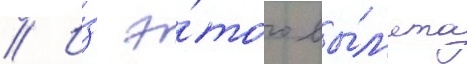
// И́з э́того вы́л'ета